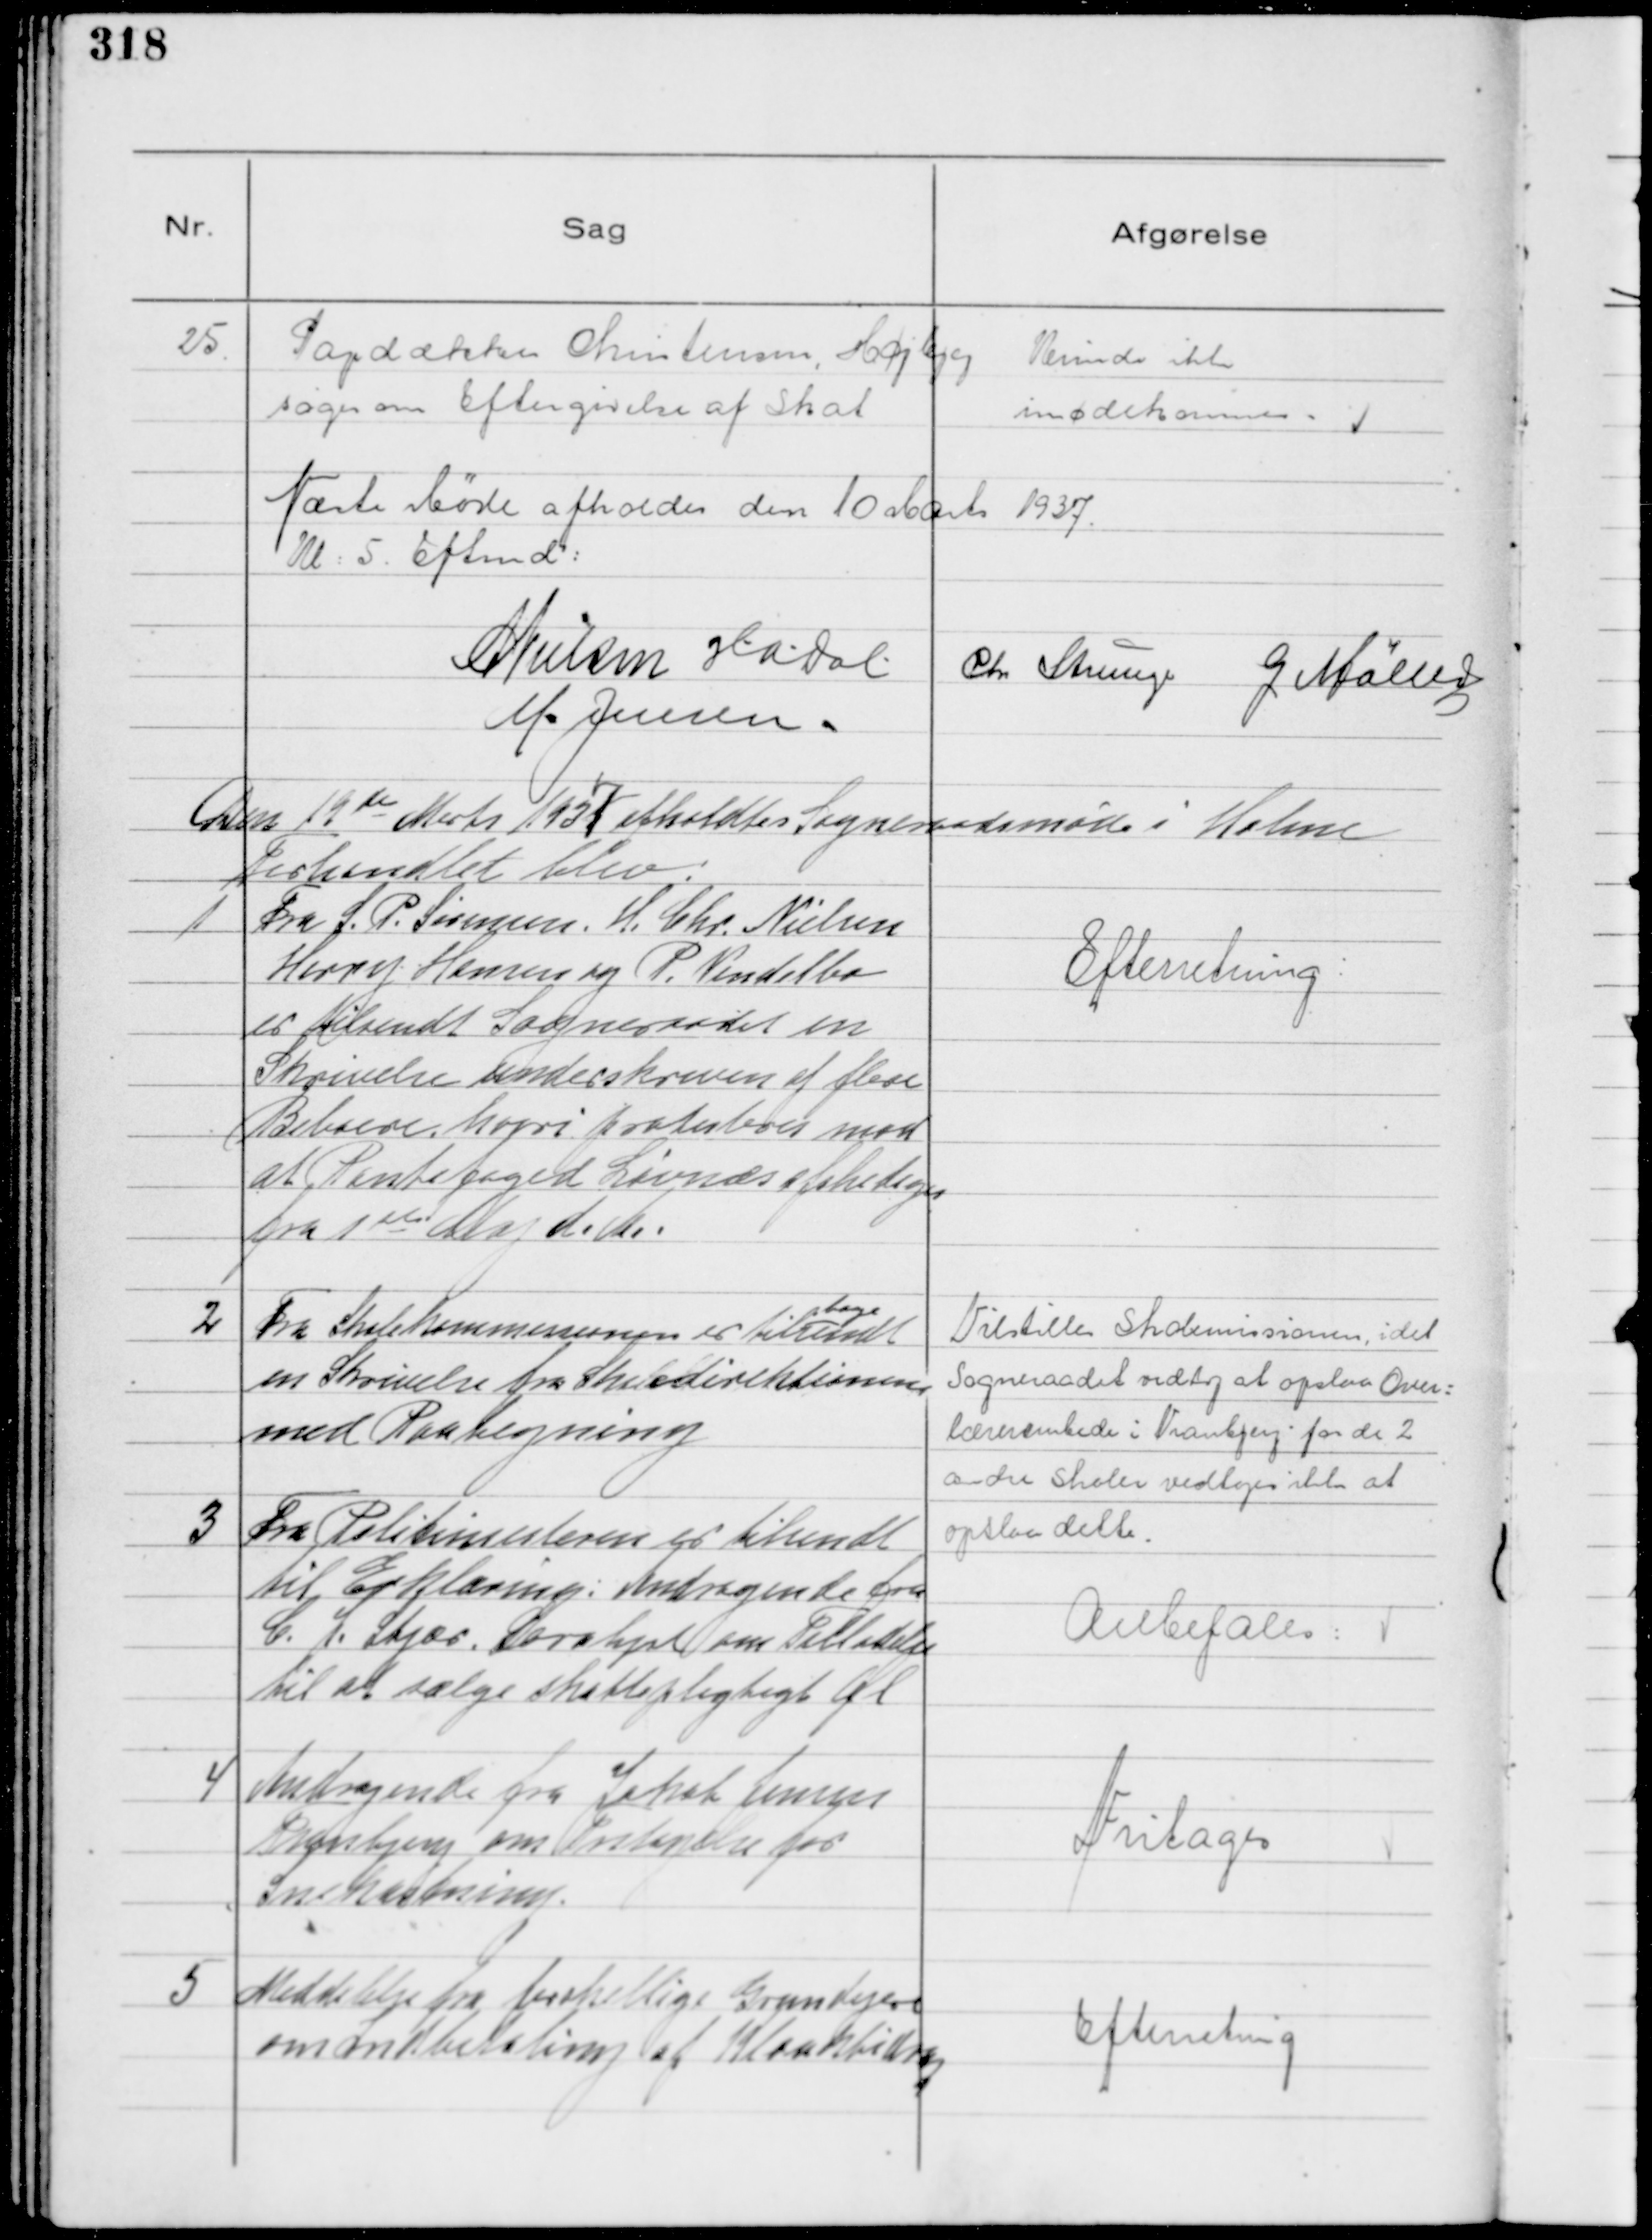
Transskription:
25
Tagdækker Christensen Højbjeg
søger om Eftergivelse af Skat

Kunde ikke
imødekommes.

Næste Møde afholdes den 10 Marts 1937.
Kl: 5. Eftmd:

Nielsen
H.a.dal.
Chr Strunge
G Møller
M. Jensen.

Den 19de

Marts 1937 afholdtes Sogneraadsmøde i Holme
Forhandlet blev:

1
Fra J. P. Sørensen. H. Chr. Nielsen
Harry Hansen og P. Vendelbo
er tilsendt Sogneraadet en
Skrivelse underskreven af flere
Beboere hvori protesteres mod
at Pantefoged Løvnæs afskediges
fra 1 ste Maj d. Aa.

Efterretning.

2
Fra Skolekommissionen er til
bage
sendt
en Skrivelse fra Skoledirektionen
med Paategning

Tilstilles Skolemissionen, idet
Sogneraadet vedtog at opslaa Over=
lærerembede i Tranbjerg for de 2
andre Skoler vedtoges ikke at
opslaa dette.

3
Fra Politimesteren er tilsendt
til Erklæring: Andragende fra
C. J. Stjær, Saralyst om Tilladelse
til at sælge skattepligtigt Øl

Anbefales:

4
Andragende fra Jakob Jensen
Tranbjerg om Fritagelse for
Snekastning.

Fritages

5
Meddelelse fra forskellige Grundejere
om Indbetaling af Kloakbidrag

Efterretning